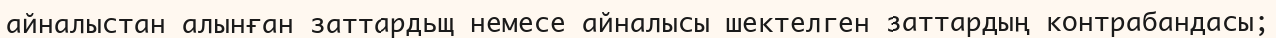
айналыстан алынған заттардьщ немесе айналысы шектелген заттардың контрабандасы;